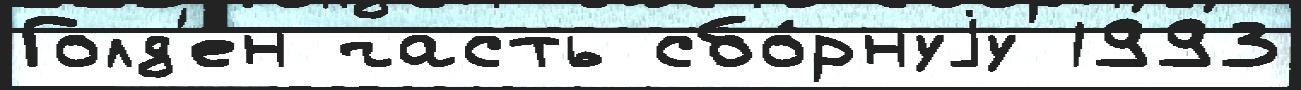
Голд'ен часть сбо́рнуjу 1993